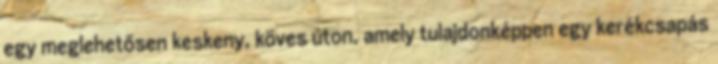
egy meglehetősen keskeny, köves úton, amely tulajdonképpen egy kerékcsapás